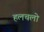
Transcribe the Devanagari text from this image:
हलचलो